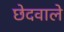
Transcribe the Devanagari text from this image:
छेदवाले